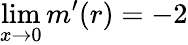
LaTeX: \operatorname*{lim}_{x\rightarrow 0}m^{\prime}(r)=-2